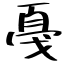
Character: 戞